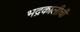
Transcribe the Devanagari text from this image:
भद्रकालीची